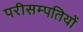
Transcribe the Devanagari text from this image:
परीसम्पतियों